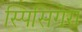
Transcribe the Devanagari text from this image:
स्पिसिगेरा